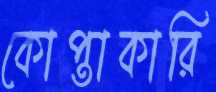
কোপ্তাকারি